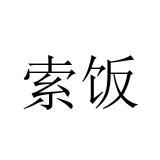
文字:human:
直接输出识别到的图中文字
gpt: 索饭